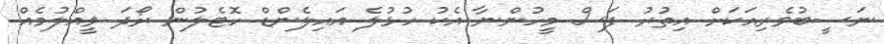
ނަސީބުވެރިއަކަށް އިތުރު ފަސް މީހުންނާ އެކު ހުޅުލެ އައިލެންޑް ހޮޓެލުން ރޯދަ ވީއްލުމެއް